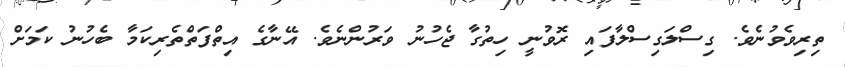
ތިރިވެވުނެވެ. ގިސްލަގިސްލާފައި ރޮވުނީ ހިތުގާ ޖެހުނު ވަރުންނެވެ. އޭނާގެ އިތްފަތްތެރިކަމާ ބެހުނު ކަމަށް